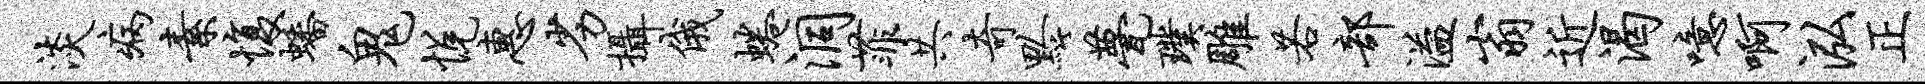
淡病素愎蟠鬼悦惠劣摄俄蜷洞菲共奇黔甍璞雕若部溢翁近渴噫啊泓正